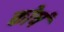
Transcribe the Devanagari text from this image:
कोषं